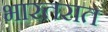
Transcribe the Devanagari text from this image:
भारतरात